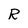
Character: R